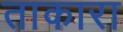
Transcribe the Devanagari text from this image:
ताकारा